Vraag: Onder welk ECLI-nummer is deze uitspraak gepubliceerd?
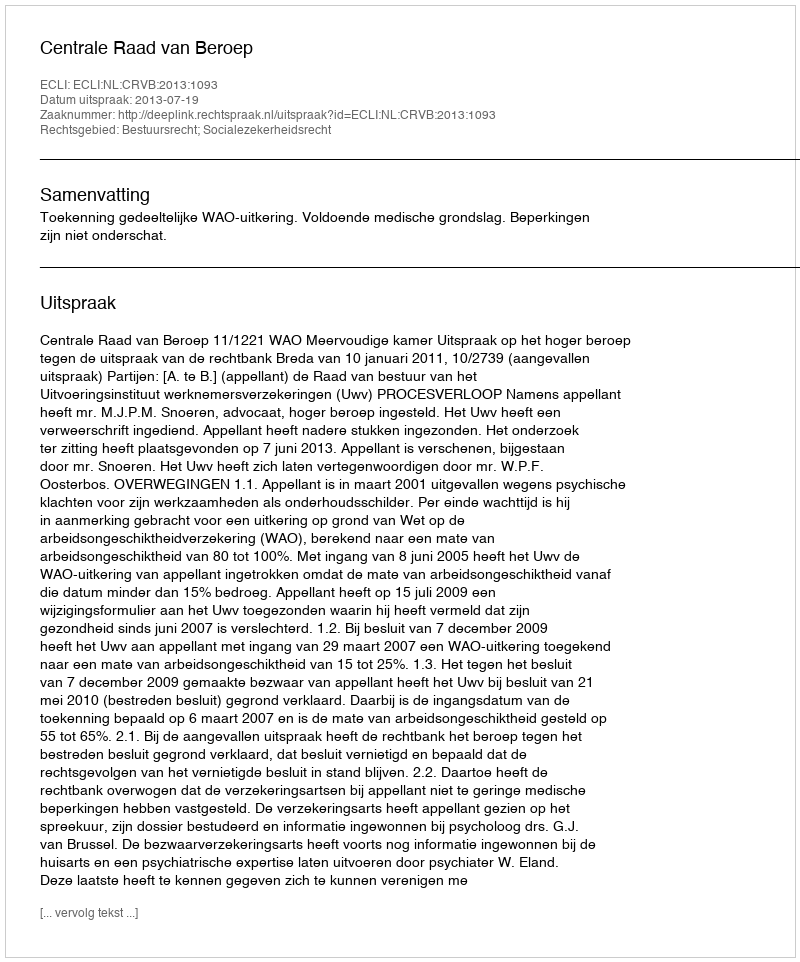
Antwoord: ECLI:NL:CRVB:2013:1093